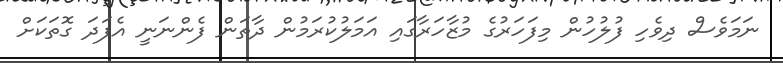
ނަމަވެސް ދިވެހި ފުލުހުން މިފަހަރުގެ މުޒާހަރާގައި އަމަލުކުރަމުން ދާތަން ފެންނަނީ އެފަދަ ގޮތަކަށް